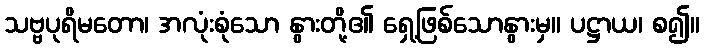
သဗ္ဗပုရိမတော၊ အလုံးစုံသော နွားတို့၏ ရှေ့ဖြစ်သောနွားမှ။ ပဋ္ဌာယ၊ စ၍။